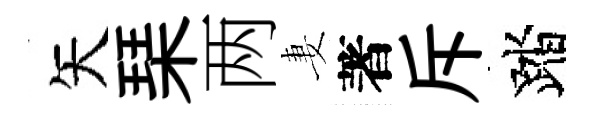
矢琹两妻著斥踏